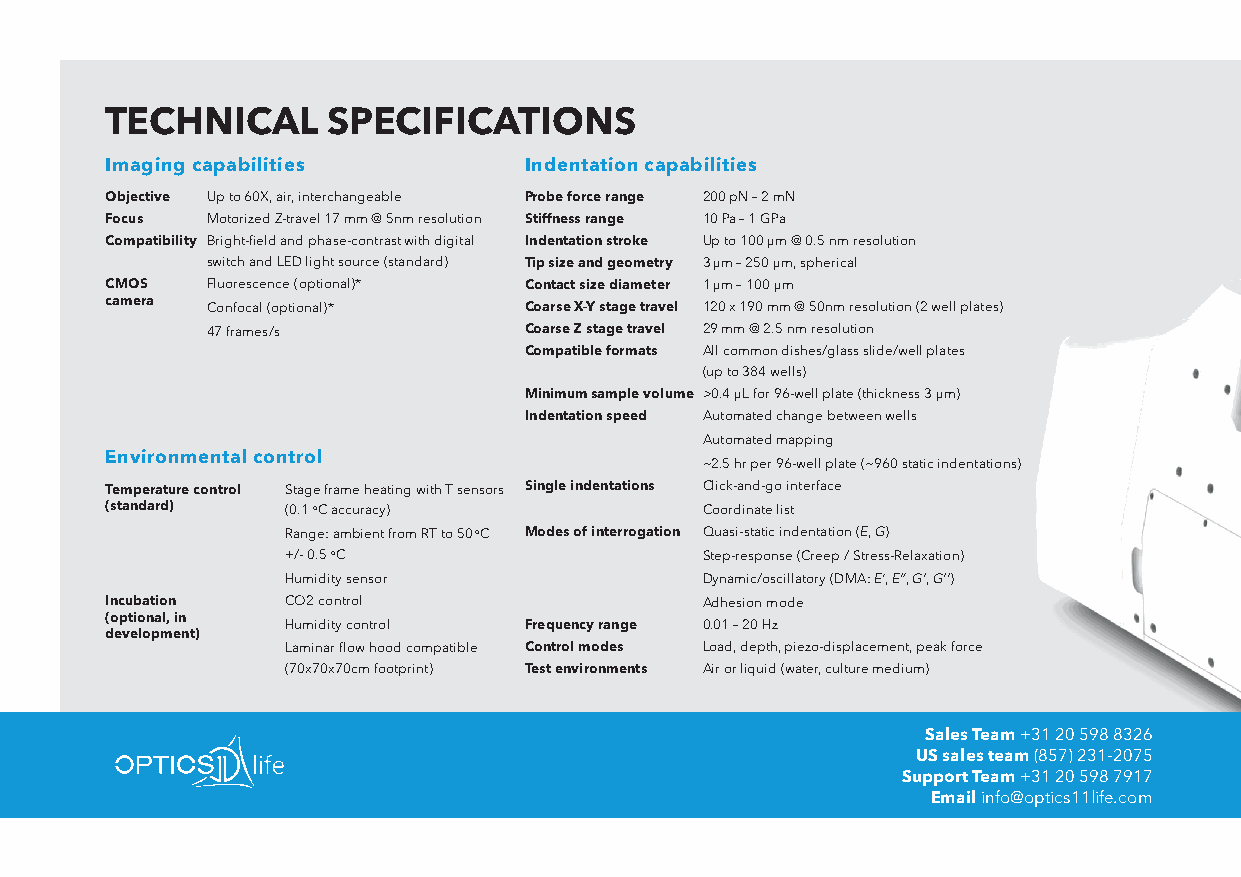
TECHNICAL      SPECIFICATIONS
 Imaging capabilities        Indentation capabilities
 Objective Up to 60X, air, interchangeable Probe force range 200 pN – 2 mN
 Focus  Motorized Z-travel 17 mm @ 5nm resolution Stiffness range 10 Pa – 1 GPa
 Compatibility Bright-field and phase-contrast with digital Indentation stroke Up to 100 µm @ 0.5 nm resolution
 switch and LED light source (standard) Tip size and geometry 3 µm – 250 µm, spherical
 CMOS   Fluorescence (optional)* Contact size diameter 1 µm – 100 µm
 camera
 Confocal (optional)* Coarse X-Y stage travel 120 x 190 mm @ 50nm resolution (2 well plates)
 47 frames/s          Coarse Z stage travel 29 mm @ 2.5 nm resolution
 Compatible formats All common dishes/glass slide/well plates
 (up to 384 wells)
 Minimum sample volume >0.4 µL for 96-well plate (thickness 3 µm)
 Indentation speed Automated change between wells
 Automated mapping
 Environmental control
 ~2.5 hr per 96-well plate (~960 static indentations)
 Temperature control Stage frame heating with T sensors Single indentations Click-and-go interface
 (standard)  (0.1 oC accuracy)          Coordinate list
 Range: ambient from RT to 50 oC Modes of interrogation Quasi-static indentation (E, G)
 +/- 0.5 oC                 Step-response (Creep / Stress-Relaxation)
 Humidity sensor            Dynamic/oscillatory (DMA: E‘, E”, G’, G’’)
 Incubation  CO2 control                Adhesion mode
 (optional, in
 Humidity control Frequency range 0.01 – 20 Hz
 development)
 Laminar flow hood compatible Control modes Load, depth, piezo-displacement, peak force
 (70x70x70cm footprint) Test environments Air or liquid (water, culture medium)
 Sales Team +31 20 598 8326
 US sales team (857) 231-2075
 Support Team +31 20 598 7917
 Email info@optics11life.com